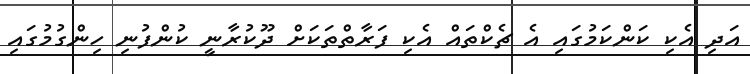
އަދި އެކި ކަންކަމުގައި އެ ޗެކްތައް އެކި ފަރާތްތަކަށް ދޫކުރާނީ ކުންފުނި ހިންގުމުގައި